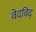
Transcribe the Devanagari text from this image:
वेदविद्